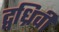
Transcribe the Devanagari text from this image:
द्वध्रिवी